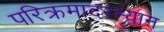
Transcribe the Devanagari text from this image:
परिक्रमादरम्यान